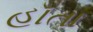
હૉતા